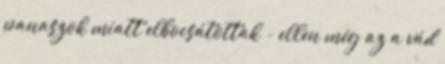
panaszok miatt elbocsátottak - ellen még az a vád